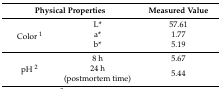
<table><thead><tr><td colspan="2"><b>Physical Properties</b></td><td><b>Measured Value</b></td></tr></thead><tbody><tr><td rowspan="3">Color <sup>1</sup></td><td>L*</td><td>57.61</td></tr><tr><td>a*</td><td>1.77</td></tr><tr><td>b*</td><td>5.19</td></tr><tr><td rowspan="2">pH <sup>2</sup></td><td>8 h</td><td>5.67</td></tr><tr><td>24 h (postmortem time)</td><td>5.44</td></tr></tbody></table>